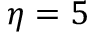
\eta = 5